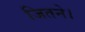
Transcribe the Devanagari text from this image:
जितने।